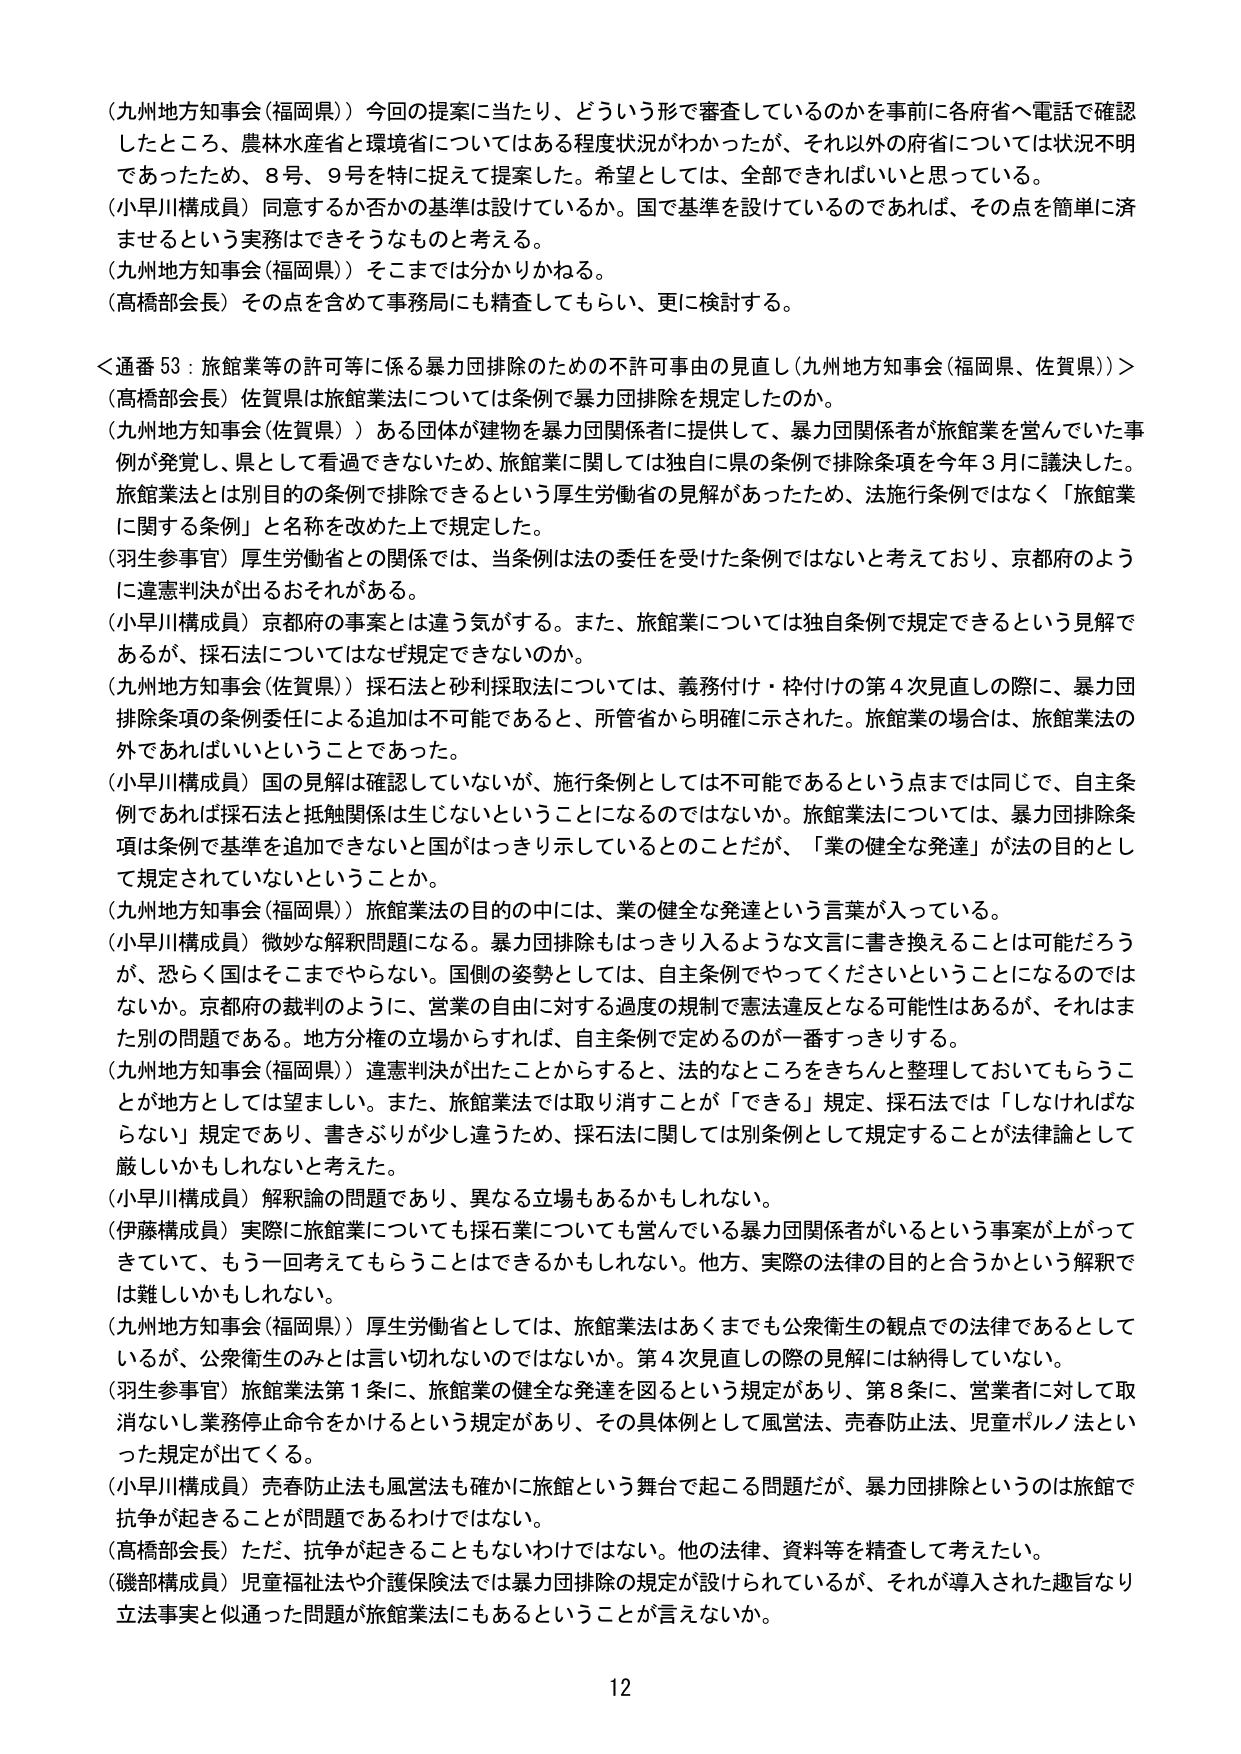
（九州地方知事会（福岡県））今回の提案に当たり、どういう形で審査しているのかを事前に各府省へ電話で確認したところ、農林水産省と環境省についてはある程度状況がわかったが、それ以外の府省については状況不明であったため、8号、9号を特に捉えて提案した。希望としては、全部できればいいと思っている。

（小早川構成員）同意するか否かの基準は設けているのか。国で基準を設けているのであれば、その点を簡単に済ませるという実務はできそうなものと考える。

（九州地方知事会（福岡県））そこまでは分かりかねる。

（高橋部会長）その点を含めて事務局にも精査してもらい、更に検討する。

＜通番53：旅館業等の許可等に係る暴力団排除のための不許可事由の見直し（九州地方知事会（福岡県、佐賀県））＞

（高橋部会長）佐賀県は旅館業法については条例で暴力団排除を規定したのか。

（九州地方知事会（佐賀県））ある団体が建物を暴力団関係者に提供して、暴力団関係者が旅館業を営んでいた事例が発覚し、県として看過できないため、旅館業に関しては独自に県の条例で排除条項を今年3月に議決した。旅館業法とは別目的の条例で排除できるという厚生労働省の見解があったため、法施行条例ではなく「旅館業に関する条例」と名称を改めた上で規定した。

（羽生参事官）厚生労働省との関係では、当条例は法の委任を受けた条例ではないと考えており、京都府のように違憲判決が出るおそれがある。

（小早川構成員）京都府の事案とは違う気がする。また、旅館業については独自条例で規定できるという見解であるが、採石法についてはなぜ規定できないのか。

（九州地方知事会（佐賀県））採石法と砂利採取法については、義務付け・枠付けの第4次見直しの際に、暴力団排除条項の条例委任による追加は不可能であると、所管省から明確に示された。旅館業の場合は、旅館業法の外であればいいということであった。

（小早川構成員）国の見解は確認していないが、施行条例としては不可能であるという点までは同じで、自主条例であれば採石法と抵触関係は生じないということになるのではないのか。旅館業法については、暴力団排除条項は条例で基準を追加できないと国がはっきり示しているとのことだが、「業の健全な発達」が法の目的として規定されていないということか。

（九州地方知事会（福岡県））旅館業法の目的の中には、業の健全な発達という言葉が入っている。

（小早川構成員）微妙な解釈問題になる。暴力団排除もはっきり入るような文言に書き換えることは可能だろうが、恐らく国はそこまでやらない。国側の姿勢としては、自主条例でやってくださいということになるのではないのか。京都府の裁判のように、営業の自由に対する過度の規制で憲法違反となる可能性はあるが、それはまた別の問題である。地方分権の立場からすれば、自主条例で定めるのが一番すっきりする。

（九州地方知事会（福岡県））違憲判決が出たことからすると、法的なところをきちんと整理しておいてもらうことが地方としては望ましい。また、旅館業法では取消すことが「できる」規定、採石法では「しなければならない」規定であり、書きぶりが少し違うため、採石法に関しては別条例として規定することが法律論として厳しいかもしれないと考えた。

（小早川構成員）解釈論の問題であり、異なる立場もあるかもしれない。

（伊藤構成員）実際に旅館業についても採石業についても営んでいる暴力団関係者がいるという事案が上がってきている。もう一回考えてもらうことはできるかもしれない。他方、実際の法律の目的と合うかという解釈では難しいかもしれない。

（九州地方知事会（福岡県））厚生労働省としては、旅館業法はあくまでも公衆衛生の観点での法律であるとしているが、公衆衛生のみとは言い切れないのではないか。第4次見直しの際の見解には納得していない。

（羽生参事官）旅館業法第1条に、旅館業の健全な発達を図るという規定があり、第8条に、営業者に対して取消ないし業務停止命令をかけるという規定があり、その具体例として風営法、売春防止法、児童ポルノ法といった規定が出てくる。

（小早川構成員）売春防止法も風営法も確かに旅館という舞台で起こる問題だが、暴力団排除というのは旅館で抗争が起きることが問題であるわけではない。

（高橋部会長）ただ、抗争が起きることもないわけではない。他の法律、資料等を精査して考えたい。

（磯部構成員）児童福祉法や介護保険法では暴力団排除の規定が設けられているが、それが導入された趣旨なり立法事実と似通った問題が旅館業法にもあるということが言えないか。

12